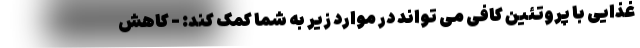
غذایی با پروتئین کافی می تواند در موارد زیر به شما کمک کند: - کاهش